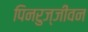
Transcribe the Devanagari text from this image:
पिनरुज्जीवन